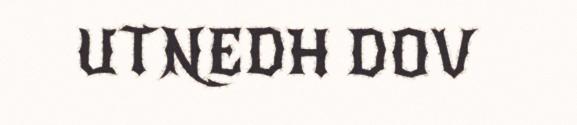
UTNEDH DOV